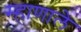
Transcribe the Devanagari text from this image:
म्हाणाले